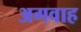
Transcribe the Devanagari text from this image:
अगवाह